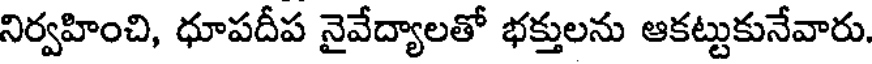
నిర్వహించి, ధూపదీప నైవేద్యాలతో భక్తులను ఆకట్టుకునేవారు.